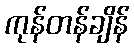
ကုန်တန်ချိန်